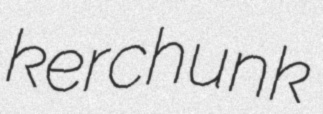
kerchunk